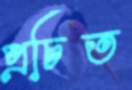
প্রচিত